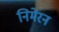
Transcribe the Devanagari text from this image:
निमेरन